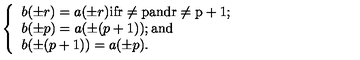
\left\{ \begin{array} { l } { b ( \pm r ) = a ( \pm r ) \mathrm { i f r \neq p a n d r \neq p + 1 ; } } \\ { b ( \pm p ) = a ( \pm ( p + 1 ) ) \mathrm { ; a n d } } \\ { b ( \pm ( p + 1 ) ) = a ( \pm p ) . } \\ \end{array} \right.